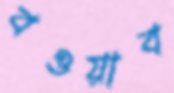
বওয়াব